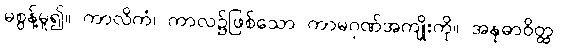
မစွန့်မူ၍။ ကာလိကံ၊ ကာလ၌ဖြစ်သော ကာမဂုဏ်အကျိုးကို။ အနုဓာဝိတ္ထ၊